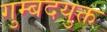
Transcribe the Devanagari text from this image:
गुम्बदयुक्त